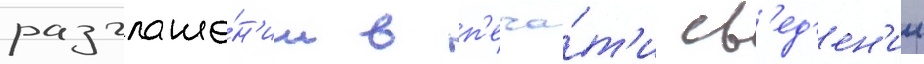
разглаше́н'ии в п'еча́т'и св'ед'ен'ии